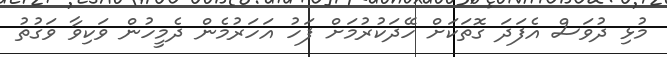
މުޅި ދުވަސް އެފަދަ ގޮތަކަށް ހޭދަކުރުމަށް ފަހު އަހަރުމެން ދެމީހުން ވަކިވާ ވަގުތު